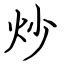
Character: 炒